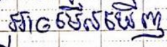
អាចមើលឃើញ